Cultivation of the bacillus of leprosy and the treatment of cases by means of a vaccine prepared from the cultivations - Number 42
Disease focus: Leprosy
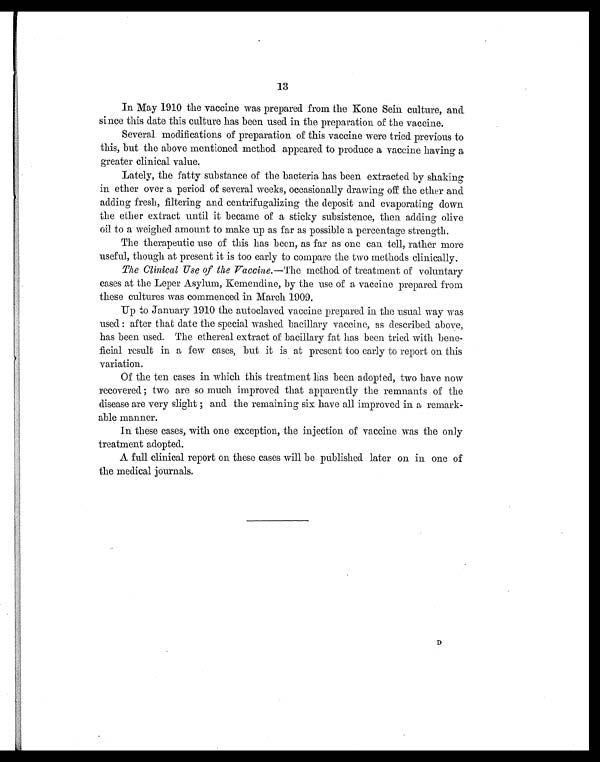
13
In May 1910 the vaccine was prepared from the Kone Sein culture, and
since this date this culture has been used in the preparation of the vaccine.
Several modifications of preparation of this vaccine were tried previous to
this, but the above mentioned method appeared to produce a vaccine having a
greater clinical value.
Lately, the fatty substance of the bacteria has been extracted by shaking
in ether over a period of several weeks, occasionally drawing off the ether and
adding fresh, filtering and centrifugalizing the deposit and evaporating down
the ether extract until it became of a sticky subsistence, then adding olive
oil to a weighed amount to make up as far as possible a percentage strength.
The therapeutic use of this has been, as far as one can tell, rather more
useful, though at present it is too early to compare the two methods clinically.
The Clinical Use of the Vaccime.—The method of treatment of voluntary
cases at the Leper Asylum, Kemendine, by the use of a vaccine prepared from
these cultures was commenced in March 1909.
Up to January 1910 the autoclaved vaccine prepared in the usual way was
used : after that date the special washed bacillary vaccine, as described above,
has been used. The ethereal extract of bacillary fat has been tried with bene-
ficial result in a few cases, but it is at present too early to report on this
variation.
Of the ten cases in which this treatment has been adopted, two have now
recovered ; two are so much improved that apparently the remnants of the
disease are very slight ; and the remaining six have all improved in a remark-
able manner.
In these cases, with one exception, the injection of vaccine was the only
treatment adopted.
A full clinical report on these cases will be published later on in one of
the medical journals.